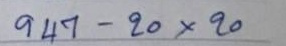
947 - 20 x 20